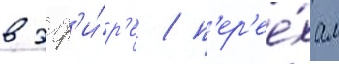
в эф'и́р'е / п'ер'ее́хал